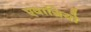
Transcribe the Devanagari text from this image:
एवाग्रियो